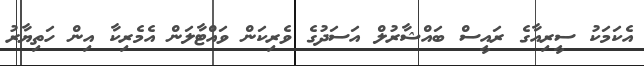
އެކަމަކު ސީރިއާގެ ރައީސް ބައްޝާރުލް އަސަދުގެ ވެރިކަން ވައްޓާލަން އެމެރިކާ އިން ހަތިޔާރު